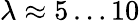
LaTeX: \lambda\approx 5\dots 10